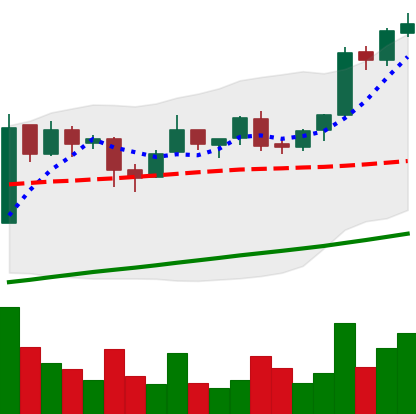
Ticker: BTC-USD
Chart end date: 2017-08-08
Forward return: 19.103%
Label: up_7plus